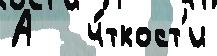
А   ч́ткост'и